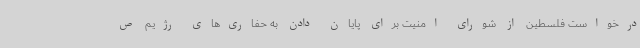
درخواست فلسطین از شورای امنیت برای پایان دادن به حفاری‌های رژیم ص